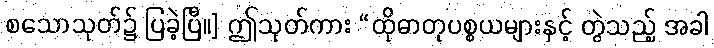
စသောသုတ်၌ ပြခဲ့ပြီ။] ဤသုတ်ကား “ထိုဓာတုပစ္စယများနှင့် တွဲသည့် အခါ